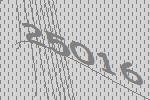
25016